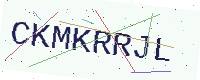
Text: CKMKRRJL